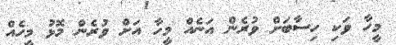
މީހާ ވަކި ހިސާބަށް ވުރެން އަނެއް މީހާ އަށް ވުރެން މޮޅު މީހެއް